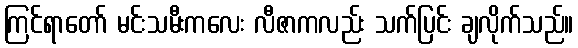
ကြင်ရာတော် မင်းသမီးကလေး လီဇာကလည်း သက်ပြင်း ချလိုက်သည်။